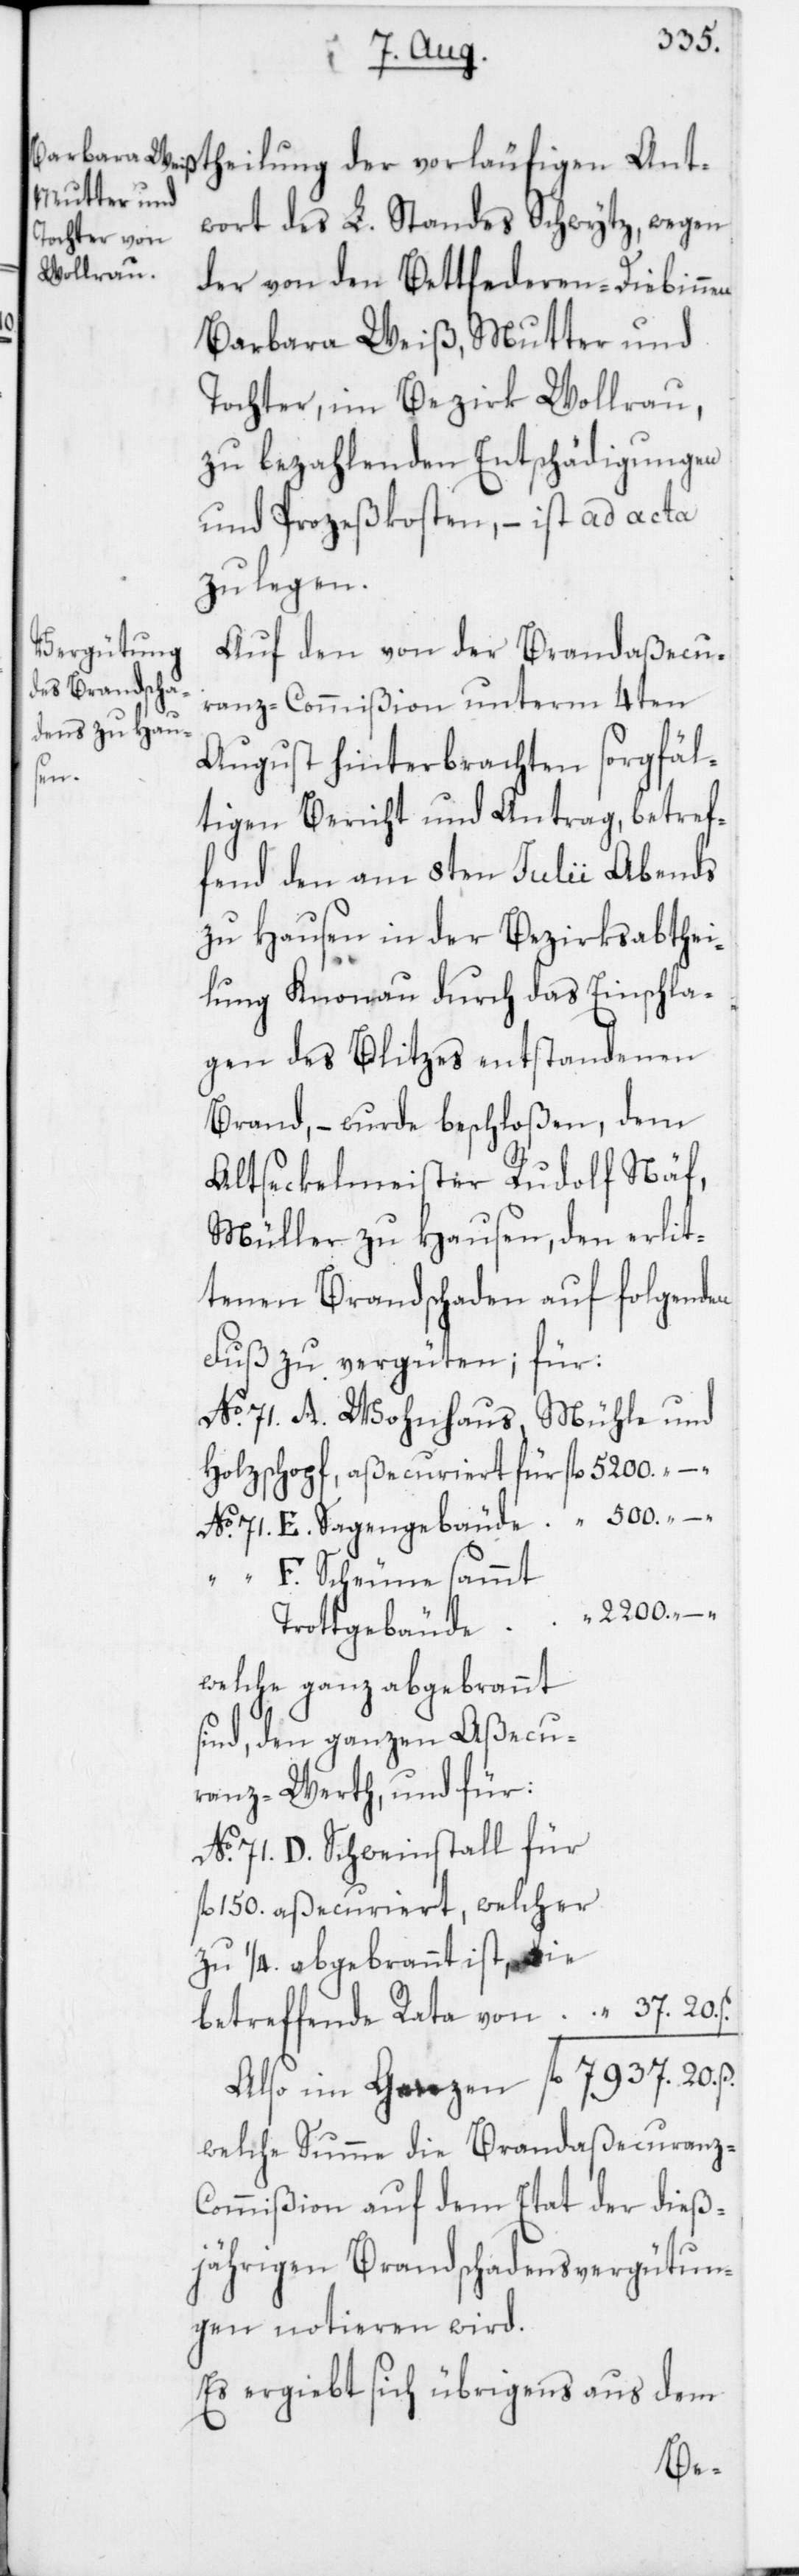
f¬
Mittheilung der vorläufigen Ant¬
wort des L. Standes Schwytz, wegen
der von den Bettfederen-Diebinnen
Barbara Weiß, Mutter und
Tochter, im Bezirk Wollerau,
zu bezahlenden Entschädigungen
und Prozeßkosten, – ist ad acta
zu legen.
Auf den von der Brandaßecu¬
ranz-Commißion unterm 4ten
August hinterbrachten sorgfäl¬
von
tigen Bericht und Antrag, betref¬
fend den am 8ten Julii Abends
zu Hausen in der Bezirksabthei¬
lung Knonau durch das Einschla¬
gen des Blitzes entstandenen
Brand, – wurde beschloßen, dem
Alstseckelmeister Rudolf Näf,
Müller zu Hausen, den erlit¬
tenen Brandschaden auf folgenden
No 71. A. Wohnhaus, Mühle und
Holzschopf, aßecuriert für
No 71. E. Sagengebäude
“ “ F. Scheune sammt
2200.
Trottgebäude
welche ganz abgebrannt
sind, den ganzen Aßecu¬
ranz-Werth, und für:
No 71. D. Schweinstall für
l. 150. aßecuriert, welcher
zu ¼. abgebrannt ist, die
welche Summe die Brandaßecuranz-C¬
ommißion auf dem Etat der dieß¬
jährigen Brandschadensvergütun¬
gen notieren wird.
Es ergiebt sich übrigens aus dem